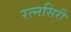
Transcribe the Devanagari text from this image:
रत्नसिरी